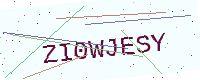
Text: ZI0WJESY